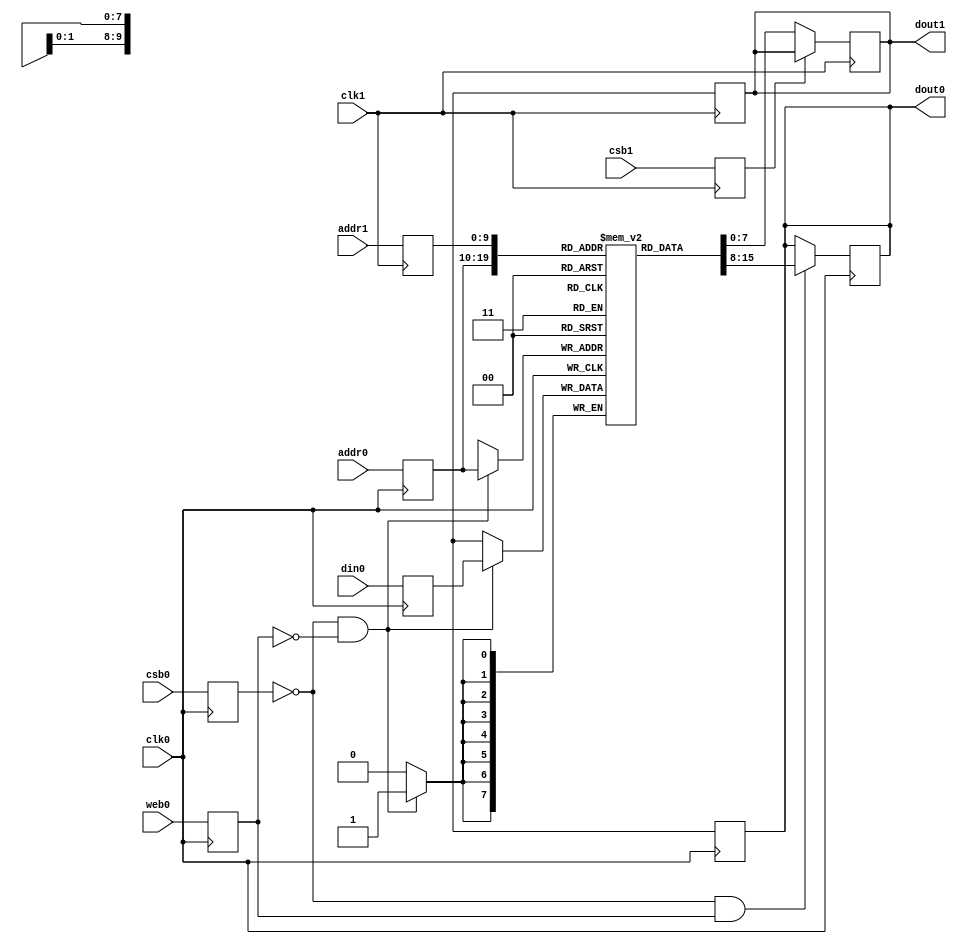
// OpenRAM SRAM model
// Words: 1024
// Word size: 8
///sta-blackbox

module sky130_sram_1kbyte_1rw1r_8x1024_8(
`ifdef USE_POWER_PINS
    vccd1,
    vssd1,
`endif
// Port 0: RW
    clk0,csb0,web0,addr0,din0,dout0,
// Port 1: R
    clk1,csb1,addr1,dout1
  );

  parameter DATA_WIDTH = 8 ;
  parameter ADDR_WIDTH = 10 ;
  parameter RAM_DEPTH = 1 << ADDR_WIDTH;
  // FIXME: This delay is arbitrary.
  parameter DELAY = 3 ;
  parameter VERBOSE = 1 ; //Set to 0 to only display warnings
  parameter T_HOLD = 1 ; //Delay to hold dout value after posedge. Value is arbitrary

`ifdef USE_POWER_PINS
    inout vccd1;
    inout vssd1;
`endif
  input  clk0; // clock
  input   csb0; // active low chip select
  input  web0; // active low write control
  input [ADDR_WIDTH-1:0]  addr0;
  input [DATA_WIDTH-1:0]  din0;
  output [DATA_WIDTH-1:0] dout0;
  input  clk1; // clock
  input   csb1; // active low chip select
  input [ADDR_WIDTH-1:0]  addr1;
  output [DATA_WIDTH-1:0] dout1;

  reg [DATA_WIDTH-1:0]    mem [0:RAM_DEPTH-1];

  reg  csb0_reg;
  reg  web0_reg;
  reg [ADDR_WIDTH-1:0]  addr0_reg;
  reg [DATA_WIDTH-1:0]  din0_reg;
  reg [DATA_WIDTH-1:0]  dout0;

  // All inputs are registers
  always @(posedge clk0)
  begin
    csb0_reg = csb0;
    web0_reg = web0;
    addr0_reg = addr0;
    din0_reg = din0;
    #(T_HOLD) dout0 = 8'bx;
  end

  reg  csb1_reg;
  reg [ADDR_WIDTH-1:0]  addr1_reg;
  reg [DATA_WIDTH-1:0]  dout1;

  // All inputs are registers
  always @(posedge clk1)
  begin
    csb1_reg = csb1;
    addr1_reg = addr1;
    #(T_HOLD) dout1 = 8'bx;
  end


  // Memory Write Block Port 0
  // Write Operation : When web0 = 0, csb0 = 0
  always @ (negedge clk0)
  begin : MEM_WRITE0
    if ( !csb0_reg && !web0_reg ) begin
        mem[addr0_reg][7:0] = din0_reg[7:0];
    end
  end

  // Memory Read Block Port 0
  // Read Operation : When web0 = 1, csb0 = 0
  always @ (negedge clk0)
  begin : MEM_READ0
    if (!csb0_reg && web0_reg)
       dout0 <= #(DELAY) mem[addr0_reg];
  end

  // Memory Read Block Port 1
  // Read Operation : When web1 = 1, csb1 = 0
  always @ (negedge clk1)
  begin : MEM_READ1
    if (!csb1_reg)
       dout1 <= #(DELAY) mem[addr1_reg];
  end

endmodule